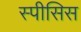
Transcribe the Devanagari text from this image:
स्पीसिस